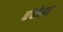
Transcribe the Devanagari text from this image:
चंदोला